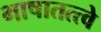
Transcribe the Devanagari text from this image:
भाषातत्त्वे